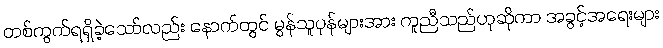
တစ်ကွက်ရရှိခဲ့သော်လည်း နောက်တွင် မွန်သူပုန်များအား ကူညီသည်ဟုဆိုကာ အခွင့်အရေးများ